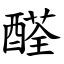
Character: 醛